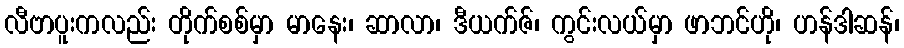
လီဗာပူးကလည်း တိုက်စစ်မှာ မာနေး၊ ဆာလာ၊ ဒီယက်ဇ်၊ ကွင်းလယ်မှာ ဖာဘင်ဟို၊ ဟန်ဒါဆန်၊